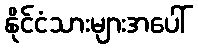
နိုင်ငံသားများအပေါ်